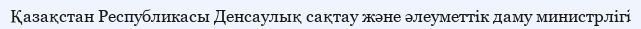
Қазақстан Республикасы Денсаулық сақтау және әлеуметтік даму министрлігі